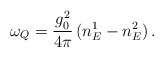
\begin{align*}\omega_Q=\frac{g_0^2}{4\pi}\,(n_E^1-n_E^2)\,.\end{align*}